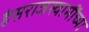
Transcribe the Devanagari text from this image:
हंसराजस्वामींच्या